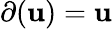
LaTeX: \partial(\mathbf{u})=\mathbf{u}